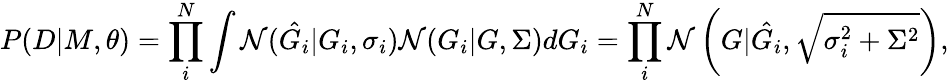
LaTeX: P(D|M,\theta)=\prod_{i}^{N}\int\mathcal{N}(\hat{G_{i}}|G_{i},\sigma_{i})\mathcal{N}(G_{i}|G,\Sigma)dG_{i}=\prod_{i}^{N}\mathcal{N}\left(G|\hat{G_{i}},\sqrt{\sigma_{i}^{2}+\Sigma^{2}}\right),